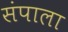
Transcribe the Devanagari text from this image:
संपाला